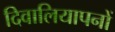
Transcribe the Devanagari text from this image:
दिवालियापनों